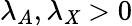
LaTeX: \lambda_{A},\lambda_{\mathit{X}}>0